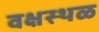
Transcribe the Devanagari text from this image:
वक्षस्थळ